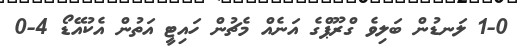
1-0 ލަނޑުން ބަލިވެ ގްރޫޕްގެ އަނެއް މެޗުން ހައިޓީ އަތުން އެކުއޭޑޯ 4-0